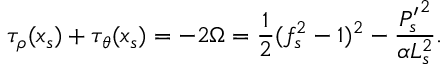
\tau _ { \rho } ( x _ { s } ) + \tau _ { \theta } ( x _ { s } ) = - 2 \Omega = \frac { 1 } { 2 } ( f _ { s } ^ { 2 } - 1 ) ^ { 2 } - \frac { { P _ { s } ^ { \prime } } ^ { 2 } } { \alpha L _ { s } ^ { 2 } } .